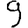
Digit: 9